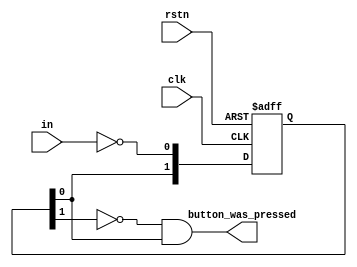
`timescale 1ns / 1ps

module button(
  input in,
  input clk,
  input rstn,
  output button_was_pressed
);
  reg [1:0] button_syncroniser;
  always @( posedge clk or negedge rstn ) begin
    if ( !rstn )
      button_syncroniser    <= 0;
    else begin
      button_syncroniser[0] <= ~in;
      button_syncroniser[1] <= button_syncroniser[0]; 
    end
  end
  assign button_was_pressed = ~button_syncroniser[1] & button_syncroniser[0];
endmodule